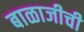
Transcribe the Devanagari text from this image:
बाळाजीची